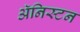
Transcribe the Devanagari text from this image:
अॅनिस्टन